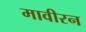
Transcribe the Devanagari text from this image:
मावीरन